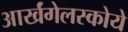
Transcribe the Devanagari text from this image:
आर्खंगेलस्कोये